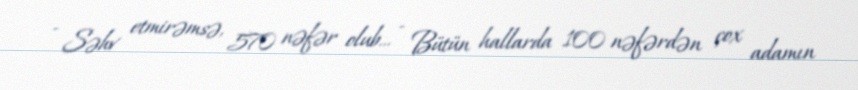
- Səhv etmirəmsə, 570 nəfər olub... - Bütün hallarda 100 nəfərdən çox adamın